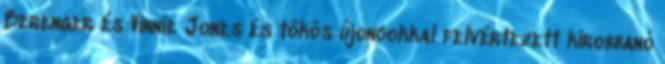
Berenger és Vinnie Jones és tökös újoncokkal felvértezett kirobbanó